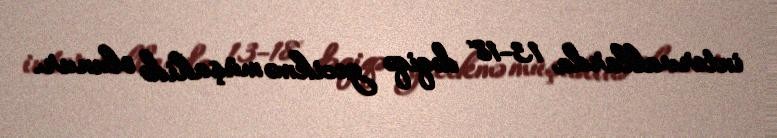
intervallarda 13-18 dəqiqə gecikmə müşahidə olunur.